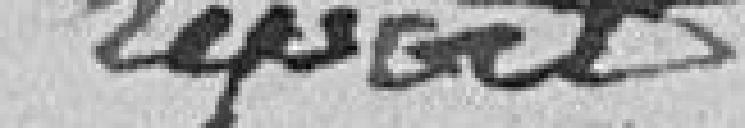
REPORT